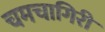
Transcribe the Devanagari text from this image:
चमचागिरी